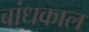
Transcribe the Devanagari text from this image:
बांधकाल